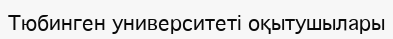
Тюбинген университеті оқытушылары